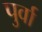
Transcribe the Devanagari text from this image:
पुर्वा